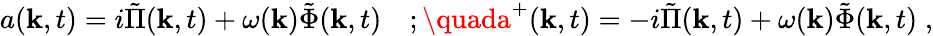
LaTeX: a(\mathbf{k},t)=i\tilde{{\Pi}}(\mathbf{k},t)+\omega(\mathbf{k})\tilde{{\Phi}}(\mathbf{k},t)\quad;\quada^{+}(\mathbf{k},t)=-i\tilde{{\Pi}}(\mathbf{k},t)+\omega(\mathbf{k})\tilde{{\Phi}}(\mathbf{k},t)\; ,